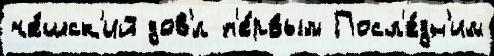
че́шск'ий дов'́л п'е́рвым Посл'е́дн'им